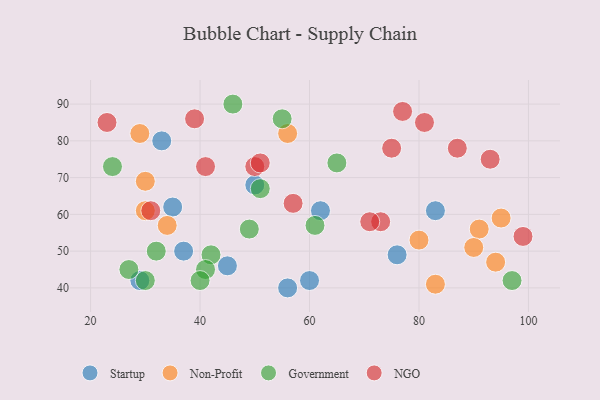
{"axis": {"x": "GDP", "y": "Life Expectancy"}, "legend": ["Government", "NGO", "Non-Profit", "Startup"], "data": [{"x": "60", "y": 42, "type": "Startup"}, {"x": "45", "y": 46, "type": "Startup"}, {"x": "83", "y": 61, "type": "Startup"}, {"x": "62", "y": 61, "type": "Startup"}, {"x": "29", "y": 42, "type": "Startup"}, {"x": "37", "y": 50, "type": "Startup"}, {"x": "50", "y": 68, "type": "Startup"}, {"x": "35", "y": 62, "type": "Startup"}, {"x": "76", "y": 49, "type": "Startup"}, {"x": "33", "y": 80, "type": "Startup"}, {"x": "56", "y": 40, "type": "Startup"}, {"x": "30", "y": 69, "type": "Non-Profit"}, {"x": "34", "y": 57, "type": "Non-Profit"}, {"x": "30", "y": 61, "type": "Non-Profit"}, {"x": "94", "y": 47, "type": "Non-Profit"}, {"x": "80", "y": 53, "type": "Non-Profit"}, {"x": "95", "y": 59, "type": "Non-Profit"}, {"x": "29", "y": 82, "type": "Non-Profit"}, {"x": "91", "y": 56, "type": "Non-Profit"}, {"x": "56", "y": 82, "type": "Non-Profit"}, {"x": "90", "y": 51, "type": "Non-Profit"}, {"x": "83", "y": 41, "type": "Non-Profit"}, {"x": "42", "y": 49, "type": "Government"}, {"x": "55", "y": 86, "type": "Government"}, {"x": "30", "y": 42, "type": "Government"}, {"x": "32", "y": 50, "type": "Government"}, {"x": "49", "y": 56, "type": "Government"}, {"x": "97", "y": 42, "type": "Government"}, {"x": "46", "y": 90, "type": "Government"}, {"x": "41", "y": 45, "type": "Government"}, {"x": "27", "y": 45, "type": "Government"}, {"x": "65", "y": 74, "type": "Government"}, {"x": "40", "y": 42, "type": "Government"}, {"x": "51", "y": 67, "type": "Government"}, {"x": "24", "y": 73, "type": "Government"}, {"x": "61", "y": 57, "type": "Government"}, {"x": "93", "y": 75, "type": "NGO"}, {"x": "81", "y": 85, "type": "NGO"}, {"x": "50", "y": 73, "type": "NGO"}, {"x": "23", "y": 85, "type": "NGO"}, {"x": "39", "y": 86, "type": "NGO"}, {"x": "41", "y": 73, "type": "NGO"}, {"x": "51", "y": 74, "type": "NGO"}, {"x": "73", "y": 58, "type": "NGO"}, {"x": "99", "y": 54, "type": "NGO"}, {"x": "87", "y": 78, "type": "NGO"}, {"x": "57", "y": 63, "type": "NGO"}, {"x": "31", "y": 61, "type": "NGO"}, {"x": "77", "y": 88, "type": "NGO"}, {"x": "75", "y": 78, "type": "NGO"}, {"x": "71", "y": 58, "type": "NGO"}]}